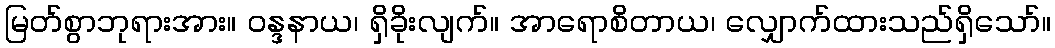
မြတ်စွာဘုရားအား။ ဝန္ဒနာယ၊ ရှိခိုးလျက်။ အာရောစိတာယ၊ လျှောက်ထားသည်ရှိသော်။